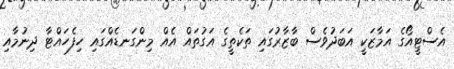
އެސްޓީއޯގެ އަމާޒަކީ އަބަދުވެސް ބާޒާރުގައި ތަކެތީގެ އަގުތައް އެއް މިންގަނޑެއްގައި ހިފެހައްޓާ ދިނުމާއި